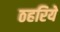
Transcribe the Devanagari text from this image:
ठहरिये